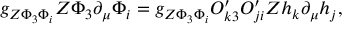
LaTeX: g _ { Z \Phi _ { 3 } \Phi _ { i } } Z \Phi _ { 3 } \partial _ { \mu } \Phi _ { i } = g _ { Z \Phi _ { 3 } \Phi _ { i } } O _ { k 3 } ^ { \prime } O _ { j i } ^ { \prime } Z h _ { k } \partial _ { \mu } h _ { j } ,